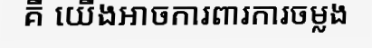
គឺ យើងអាចការពារការចម្លង